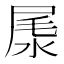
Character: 㞙